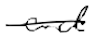
Text: and
Cross-out: single-line
Writing tool: digital_black